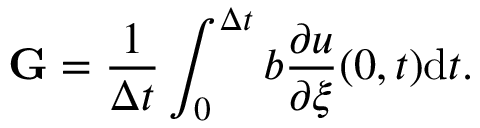
\mathbf { G } = \frac { 1 } { \Delta t } \int _ { 0 } ^ { \Delta t } b \frac { \partial u } { \partial \xi } ( 0 , t ) \mathrm { d } t .